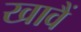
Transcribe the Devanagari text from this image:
खावैं